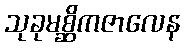
သုခုမစ္ဆိကဇာလေန